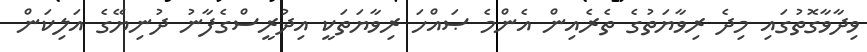
ވިދާވާގޮތުގައި މިދެ ރިވާޔަތުގެ ތެރެއިން އެންމެ ޞައްހަ ރިވާޔަތަކީ އިދުރީސްގެފާނު ދުނިޔޭގެ އަލިކަން